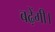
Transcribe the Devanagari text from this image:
बढ़ेंगी।